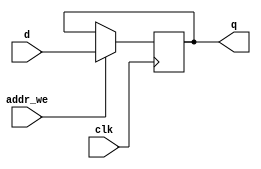
module addresslatch
//d latch module 
(
	input clk,
	input [7:0] d,
	input addr_we,
	output reg [7:0] q
);

	always @(posedge clk) begin   //update on every clock edge
		if (addr_we)
			q<=d;
	end
endmodule